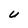
Character: U